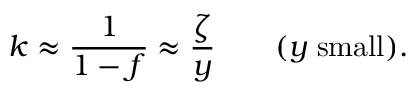
k \approx { \frac { 1 } { 1 - f } } \approx { \frac { \zeta } { y } } \qquad ( y \; \mathrm { s m a l l } ) .